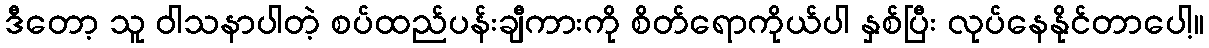
ဒီတော့ သူ ဝါသနာပါတဲ့ စပ်ထည်ပန်းချီကားကို စိတ်ရောကိုယ်ပါ နှစ်ပြီး လုပ်နေနိုင်တာပေါ့။